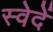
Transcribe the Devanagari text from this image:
स्वेदें